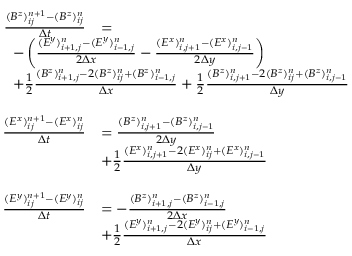
\begin{array} { r l } { \frac { ( B ^ { z } ) _ { i j } ^ { n + 1 } - ( B ^ { z } ) _ { i j } ^ { n } } { \Delta t } } & { = } \\ & { \! \! \! \! \! \! \! \! \! \! \! \! \! \! \! \! \! \! \! \! \! \! \! \! \! \! \! \! \! \! \! \! \! \! \! - \left( \frac { ( E ^ { y } ) _ { i + 1 , j } ^ { n } - ( E ^ { y } ) _ { i - 1 , j } ^ { n } } { 2 \Delta x } - \frac { ( E ^ { x } ) _ { i , j + 1 } ^ { n } - ( E ^ { x } ) _ { i , j - 1 } ^ { n } } { 2 \Delta y } \right) } \\ & { \! \! \! \! \! \! \! \! \! \! \! \! \! \! \! \! \! \! \! \! \! \! \! \! \! \! \! \! \! \! \! \! \! \! \! + \frac 1 2 \frac { ( B ^ { z } ) _ { i + 1 , j } ^ { n } - 2 ( B ^ { z } ) _ { i j } ^ { n } + ( B ^ { z } ) _ { i - 1 , j } ^ { n } } { \Delta x } + \frac 1 2 \frac { ( B ^ { z } ) _ { i , j + 1 } ^ { n } - 2 ( B ^ { z } ) _ { i j } ^ { n } + ( B ^ { z } ) _ { i , j - 1 } ^ { n } } { \Delta y } } \\ { \phantom { m } } \\ { \frac { ( E ^ { x } ) _ { i j } ^ { n + 1 } - ( E ^ { x } ) _ { i j } ^ { n } } { \Delta t } } & { = \frac { ( B ^ { z } ) _ { i , j + 1 } ^ { n } - ( B ^ { z } ) _ { i , j - 1 } ^ { n } } { 2 \Delta y } } \\ & { + \frac 1 2 \frac { ( E ^ { x } ) _ { i , j + 1 } ^ { n } - 2 ( E ^ { x } ) _ { i j } ^ { n } + ( E ^ { x } ) _ { i , j - 1 } ^ { n } } { \Delta y } } \\ { \phantom { m } } \\ { \frac { ( E ^ { y } ) _ { i j } ^ { n + 1 } - ( E ^ { y } ) _ { i j } ^ { n } } { \Delta t } } & { = - \frac { ( B ^ { z } ) _ { i + 1 , j } ^ { n } - ( B ^ { z } ) _ { i - 1 , j } ^ { n } } { 2 \Delta x } } \\ & { + \frac 1 2 \frac { ( E ^ { y } ) _ { i + 1 , j } ^ { n } - 2 ( E ^ { y } ) _ { i j } ^ { n } + ( E ^ { y } ) _ { i - 1 , j } ^ { n } } { \Delta x } } \end{array}